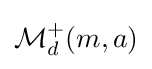
{\mathcal {M}}_{d}^{+}(m,a)